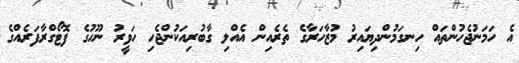
އެ ހަމަނުޖެހުންތައް ހިނގަމުންދިޔައިރު މުޒާހަރާގެ ތެރެއިން އެއްލި ގާބުރިއަކުންޖެހި ހަވީރު ނޫހުގެ ފޮޓޯގްރާފަރެއްގެ